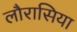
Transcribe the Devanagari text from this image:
लौरासिया